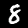
Digit: 8